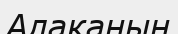
Алаканын